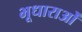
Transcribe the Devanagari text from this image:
भूधाराओं